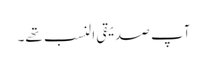
آپ صدیقی النسب تھے۔